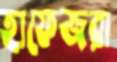
হাফেজরা